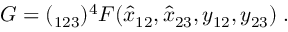
G = ( \l _ { 1 2 3 } ) ^ { 4 } F ( \hat { x } _ { 1 2 } , \hat { x } _ { 2 3 } , y _ { 1 2 } , y _ { 2 3 } ) \; .